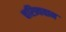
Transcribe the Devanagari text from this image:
चरित्र्यवान